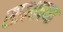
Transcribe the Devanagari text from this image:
सावधपणा